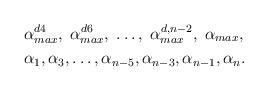
LaTeX: \begin{align*} \footnotesize & \alpha^{d4}_{max}, \; \alpha^{d6}_{max}, \; \dots, \; \alpha^{d,n-2}_{max}, \;\alpha_{max}, \\& \alpha_1, \alpha_3, \dots, \alpha_{n-5}, \alpha_{n-3}, \alpha_{n-1}, \alpha_{n}.\end{align*}